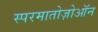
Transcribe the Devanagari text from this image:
स्परमातोज़ोऑन